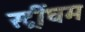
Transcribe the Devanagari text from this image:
स्ट्रींघम